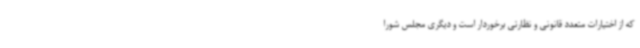
که از اختیارات متعدد قانونی و نظارتی برخوردار است و دیگری مجلس شورا